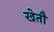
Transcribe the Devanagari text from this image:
खेतौ